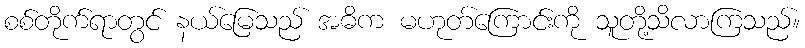
စစ်တိုက်ရာတွင် နယ်မြေသည် အဓိက မဟုတ်ကြောင်းကို သူတို့သိလာကြသည်။